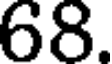
68.